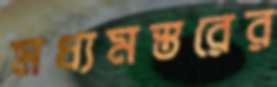
মধ্যমস্তরের